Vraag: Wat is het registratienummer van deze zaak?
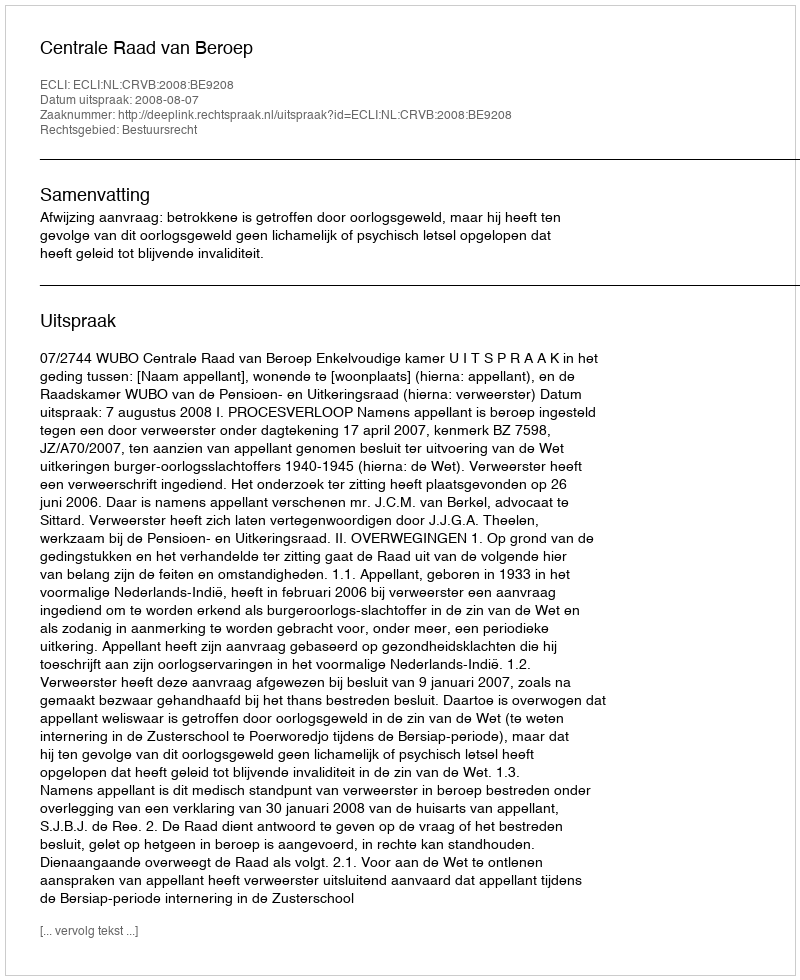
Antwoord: http://deeplink.rechtspraak.nl/uitspraak?id=ECLI:NL:CRVB:2008:BE9208